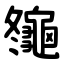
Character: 䶱